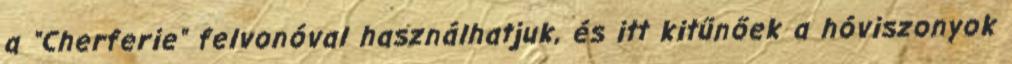
a "Cherferie" felvonóval használhatjuk, és itt kitűnőek a hóviszonyok